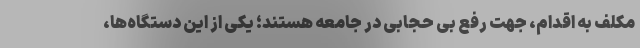
مکلف به اقدام، جهت رفع بی حجابی در جامعه هستند؛ یکی از این دستگاه‌ها،